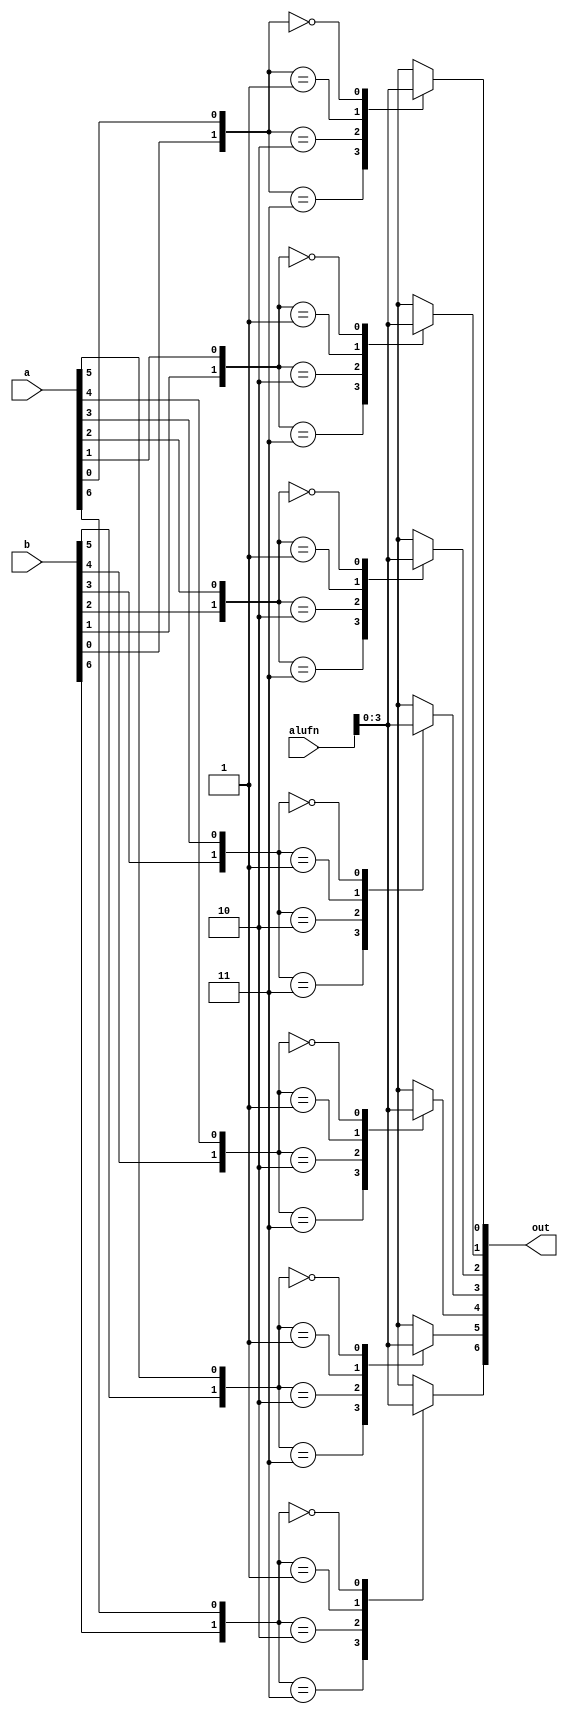
/*
   This file was generated automatically by the Mojo IDE version B1.3.3.
   Do not edit this file directly. Instead edit the original Lucid source.
   This is a temporary file and any changes made to it will be destroyed.
*/

module boolean_11 (
    input [7:0] a,
    input [7:0] b,
    input [5:0] alufn,
    output reg [7:0] out
  );
  
  
  
  integer i;
  
  reg [0:0] ai;
  
  reg [0:0] bi;
  
  reg [1:0] select;
  
  reg [7:0] preout;
  
  always @* begin
    for (i = 1'h0; i < 7; i = i + 1) begin
      ai = a[(i)*1+0-:1];
      bi = b[(i)*1+0-:1];
      select = {bi, ai};
      
      case (select)
        2'h3: begin
          preout[(i)*1+0-:1] = alufn[3+0-:1];
        end
        2'h2: begin
          preout[(i)*1+0-:1] = alufn[2+0-:1];
        end
        2'h1: begin
          preout[(i)*1+0-:1] = alufn[1+0-:1];
        end
        2'h0: begin
          preout[(i)*1+0-:1] = alufn[0+0-:1];
        end
        default: begin
          preout[(i)*1+0-:1] = 1'bx;
        end
      endcase
    end
    out = preout;
  end
endmodule